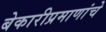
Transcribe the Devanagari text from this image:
बेकारीप्रमाणांचे